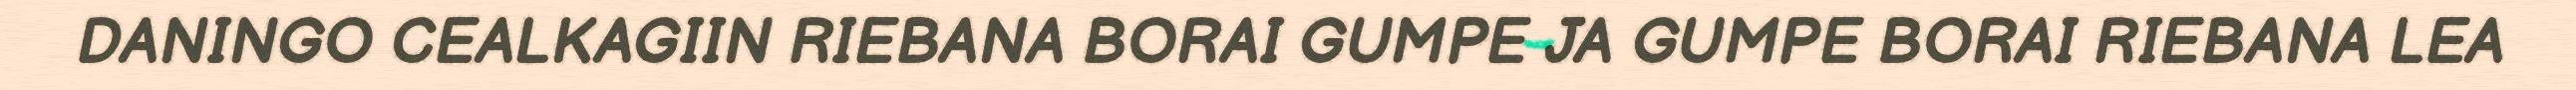
DANINGO CEALKAGIIN RIEBANA BORAI GUMPE JA GUMPE BORAI RIEBANA LEA